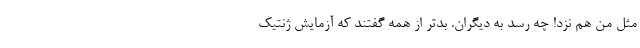
مثل من هم نزد! چه رسد به دیگران. بدتر از همه گفتند که آزمایش ژنتیک